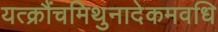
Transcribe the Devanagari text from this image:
यत्क्रौंचमिथुनादेकमवधि